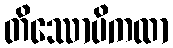
တိဿောပိကထာ